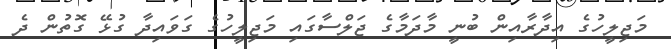
މަޖިލީހުގެ އިދާރާއިން ބުނީ މާދަމާގެ ޖަލްސާގައި މަޖިލީހުގެ ގަވައިދާ ގުޅޭ ގޮތުން ދެ